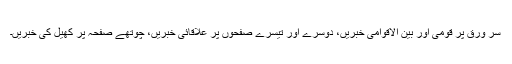
سر ورق پر قومی اور بین الاقوامی خبریں، دوسرے اور تیسرے صفحوں پر علاقائی خبریں، چوتھے صفحہ پر کھیل کی خبریں۔